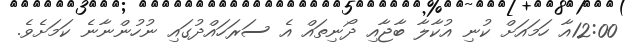
12:00އާ ހަމައަށް ކުނި އުކާލާ ބާޖާއި ދޯނިތައް އެ ސަރަހައްދުގައި ނުހުންނާނެ ކަމަށެވެ.